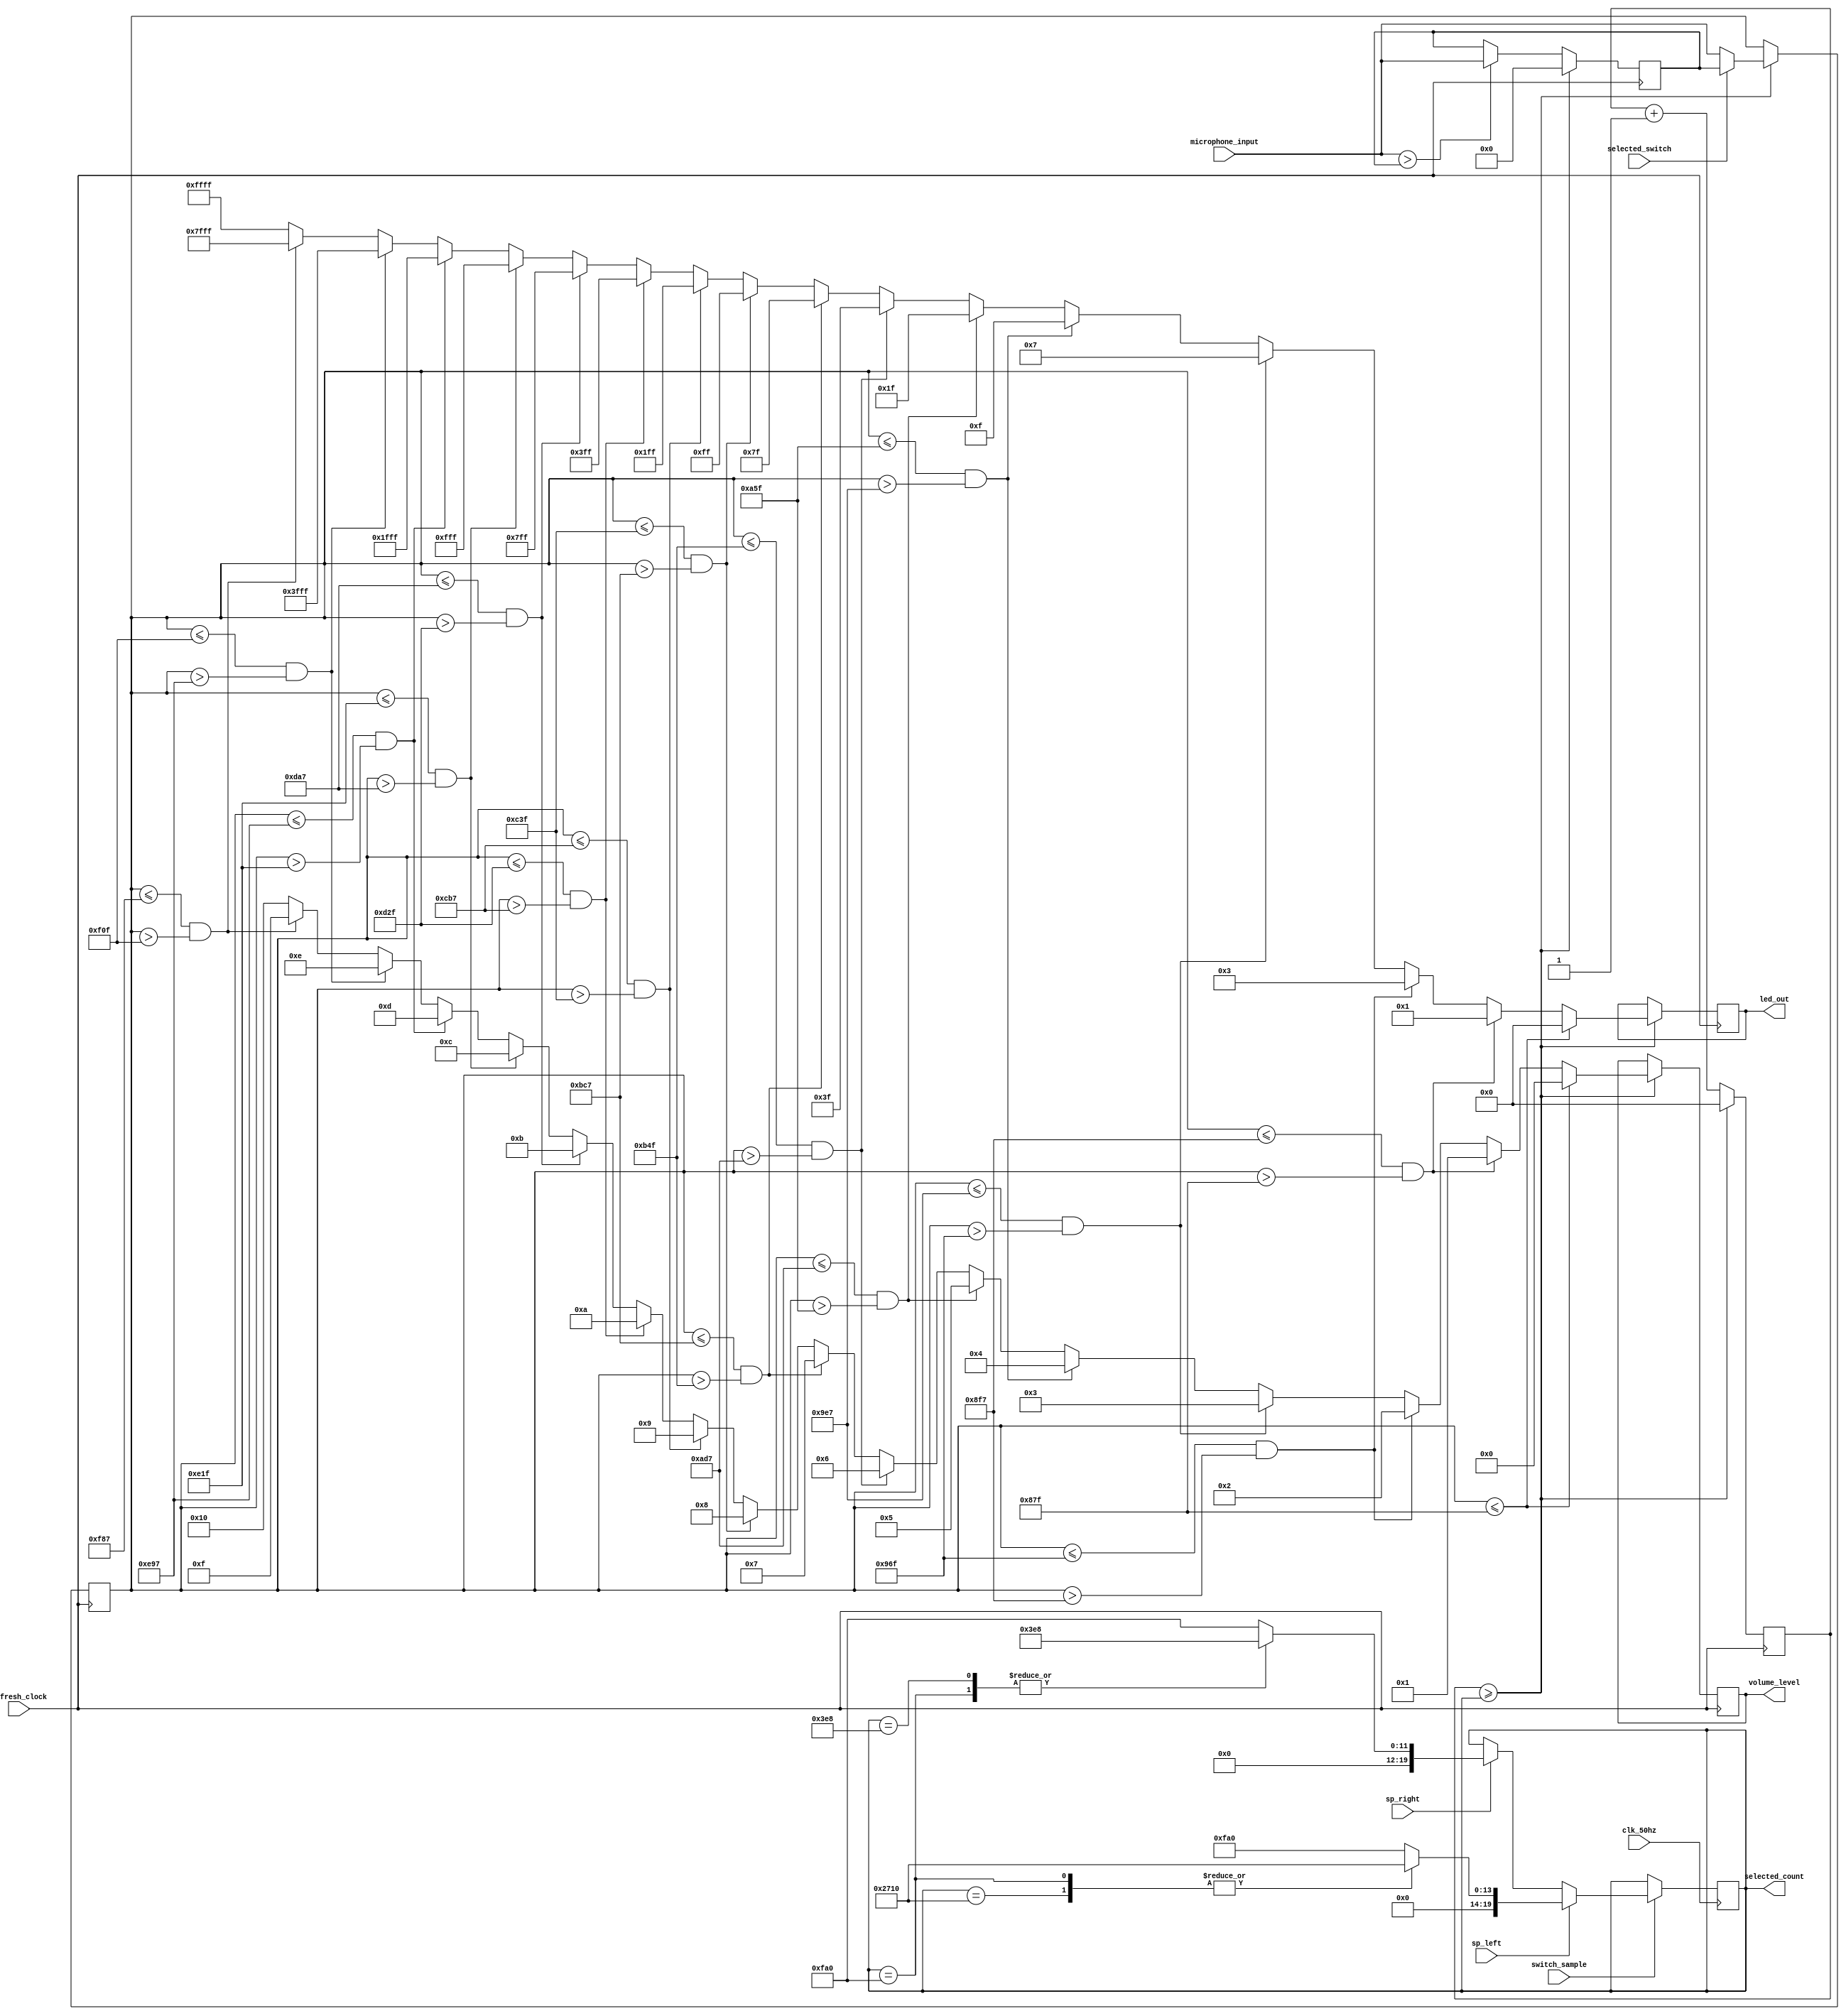
`timescale 1ns / 1ps
//////////////////////////////////////////////////////////////////////////////////
// Company: 
// Engineer: 
// 
// Design Name: 
// Module Name: audio_volume
// Project Name: 
// Target Devices: 
// Tool Versions: 
// Description: 
// 
// Dependencies: 
// 
// Revision:
// Revision 0.01 - File Created
// Additional Comments:
// 
//////////////////////////////////////////////////////////////////////////////////


module audio_volume(input [11:0] microphone_input,input refresh_clock,input clk_50hz,input sp_left, sp_right, switch_sample, input selected_switch, output reg [15:0] led_out = 0, output reg[4:0]volume_level = 0, output reg[19:0] selected_count = 4000 );
   
    reg[15:0] sample_count = 0;
    
    reg[11:0] max_value = 0;  // must be same size as mic_in from the fpga
    reg[11:0] selected_function = 0;
   
    
    always@(posedge clk_50hz) // if switch2 is on and pb left is 1, can change the sampling
    begin
        if (switch_sample == 1 )    // switch 2
        begin
            if (sp_right == 1)
            begin
                case(selected_count)
                10000   : selected_count <= 4000;     // 0.50 -> 0.20 second
                4000    : selected_count <= 1000;     // 0.20 -> 0.10 second 
                1000    : selected_count <= 1000;     // 0.10 -> 0.05 second

                default : selected_count <= 4000; 
                endcase
            end
            
            if (sp_left == 1)
            begin
                case(selected_count)
                10000  : selected_count <= 10000;
                4000   : selected_count <= 10000;   // 0.20 -> 0.50 second
                1000   : selected_count <= 4000;    // 0.10 -> 0.20 second 
                default : selected_count <= 4000; 
                endcase
            end
        end
    end
    
    
    
    always@(posedge refresh_clock)
    begin 
        if (microphone_input > max_value)
           max_value <= microphone_input; 
        
        sample_count <= sample_count + 1;
        if (sample_count >= selected_count) // after 0.2sec
          begin
            sample_count <= 0;
            max_value <= 0;  // non blocking to update max_value ONLY AFTER the if statement below.
            
            selected_function <= selected_switch ? max_value : microphone_input;
            if (selected_function <= 2175)
                begin led_out <= 16'b0000_0000_0000_0000; volume_level <= 0; end // all led off
            else if ((selected_function <= 2295) && (selected_function > 2175))
                begin led_out <= 16'b0000_0000_0000_0001; volume_level <= 1; end  // 1 led
            else if ((selected_function <= 2415) && (selected_function > 2295))
                begin led_out <= 16'b0000_0000_0000_0011; volume_level <= 2; end  // 2 led
            else if ((selected_function <= 2535) && (selected_function > 2415))
                begin led_out <= 16'b0000_0000_0000_0111; volume_level <= 3; end  // 3 led
            else if ((selected_function <= 2655) && (selected_function > 2535))
                begin led_out <= 16'b0000_0000_0000_1111; volume_level <= 4; end  // 4 led       
            else if ((selected_function <= 2775) && (selected_function > 2655))
                begin led_out <= 16'b0000_0000_0001_1111; volume_level <= 5; end  // 5 led 
            else if ((selected_function <= 2895) && (selected_function > 2775))
                begin led_out <= 16'b0000_0000_0011_1111; volume_level <= 6; end  // 6 led         
            else if ((selected_function <= 3015) && (selected_function > 2895))
                begin led_out <= 16'b0000_0000_0111_1111; volume_level <= 7; end  // 7 led
            else if ((selected_function <= 3135) && (selected_function > 3015))
                begin led_out <= 16'b0000_0000_1111_1111; volume_level <= 8; end  // 8 led           
            else if ((selected_function <= 3255) && (selected_function > 3135))
                begin led_out <= 16'b0000_0001_1111_1111; volume_level <= 9; end  // 9 led             
            else if ((selected_function <= 3375) && (selected_function > 3255))
                begin led_out <= 16'b0000_0011_1111_1111; volume_level <= 10; end  // 10 led
            else if ((selected_function <= 3495) && (selected_function > 3375))
                begin led_out <= 16'b0000_0111_1111_1111; volume_level <= 11; end  // 11 led                             
            else if ((selected_function <= 3615) && (selected_function > 3495))
                begin led_out <= 16'b0000_1111_1111_1111; volume_level <= 12; end  // 12 led
            else if ((selected_function <= 3735) && (selected_function > 3615))
                begin led_out <= 16'b0001_1111_1111_1111; volume_level <= 13; end  // 13 led             
            else if ((selected_function <= 3855) && (selected_function > 3735))
                begin led_out <= 16'b0011_1111_1111_1111; volume_level <= 14; end  // 14 led
            else if ((selected_function <= 3975) && (selected_function > 3855))
                begin led_out <= 16'b0111_1111_1111_1111; volume_level <= 15; end  // 15 led       
            else 
                begin led_out <= 16'b1111_1111_1111_1111; volume_level <= 16; end  // 16 led   
        end           
    end



endmodule